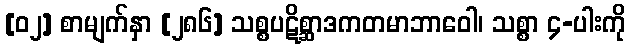
[၀၂] စာမျက်နှာ [၂၈၆] သစ္စပဋိစ္ဆာဒကတမာဘာဝေါ၊ သစ္စာ ၄-ပါးကို